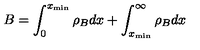
B = \int _ { 0 } ^ { x _ { \mathrm { m i n } } } \rho _ { B } d x + \int _ { x _ { \mathrm { m i n } } } ^ { \infty } \rho _ { B } d x \nonumber